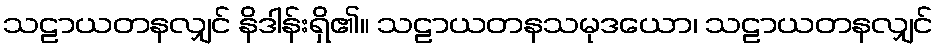
သဠာယတနလျှင် နိဒါန်းရှိ၏။ သဠာယတနသမုဒယော၊ သဠာယတနလျှင်